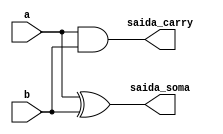
module half_adder
(
	input a,
	input b,

	output wire saida_soma,
	output wire saida_carry
	);	
	
	xor SOMA(saida_soma, a, b);
	and CARRY(saida_carry, a, b);
	//outra forma de fazer o half_adder
	//assign saida_soma = a ^ b;
	//assign saida_carry = a & b;
endmodule